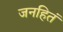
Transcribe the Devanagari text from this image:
जनहितं